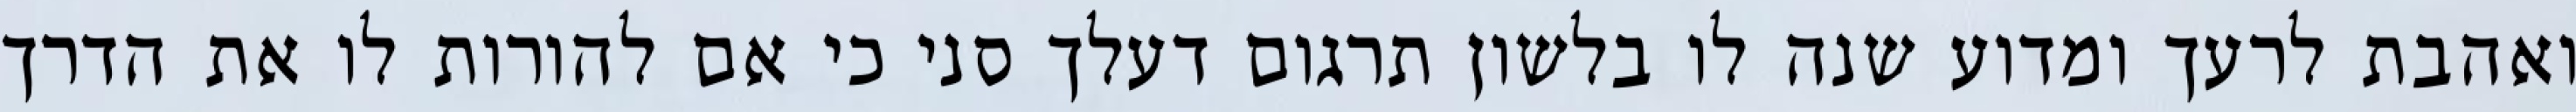
ואהבת לרעך ומדוע שנה לו בלשון תרגום דעלך סני כי אם להורות לו את הדרך